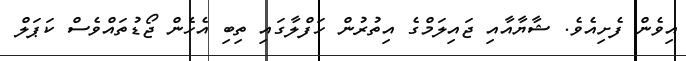
އިވެން ފެށިއެވެ. ޝާޔާއާއި ޖައިލަމްގެ އިތުރުން ހަފްލާގައި ތިބި އެހެން ޖޯޑުތައްވެސް ކަޕަލް